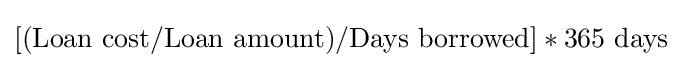
[({\text{Loan cost}}/{\text{Loan amount}})/{\text{Days borrowed}}]*365{\text{ days}}